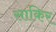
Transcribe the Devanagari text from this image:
साकिर